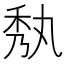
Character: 𮂼